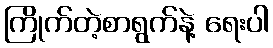
ကြိုက်တဲ့စာရွက်နဲ့ ရေးပါ